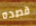
قصده